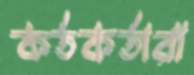
কর্তকর্তারা